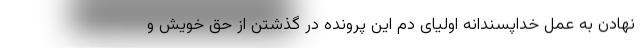
نهادن به عمل خداپسندانه اولیای دم این پرونده در گذشتن از حق خویش و